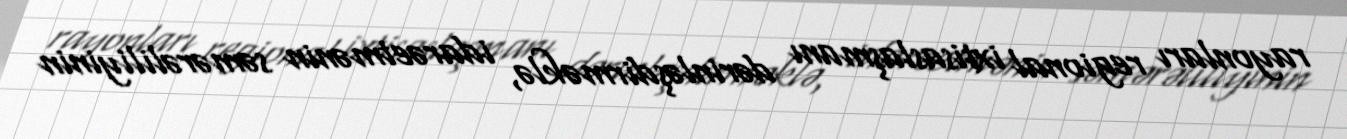
rayonları regional ixtisaslaşmanı dərinləşdirməklə, idarəetmənin səmərəliliyinin